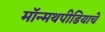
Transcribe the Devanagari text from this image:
मॉन्मथपीडियाचे